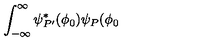
\int _ { - \infty } ^ { \infty } \psi _ { P ^ { \prime } } ^ { * } ( \phi _ { 0 } ) \psi _ { P } ( \phi _ { 0 }